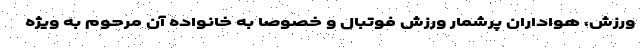
ورزش، هواداران پرشمار ورزش فوتبال و خصوصا به خانواده آن مرحوم به ویژه